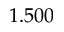
1 . 5 0 0